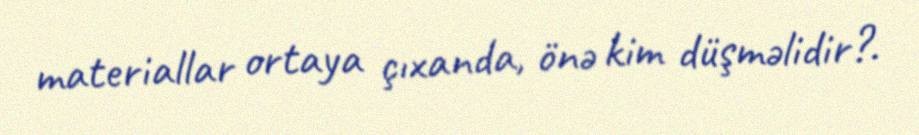
materiallar ortaya çıxanda, önə kim düşməlidir?.